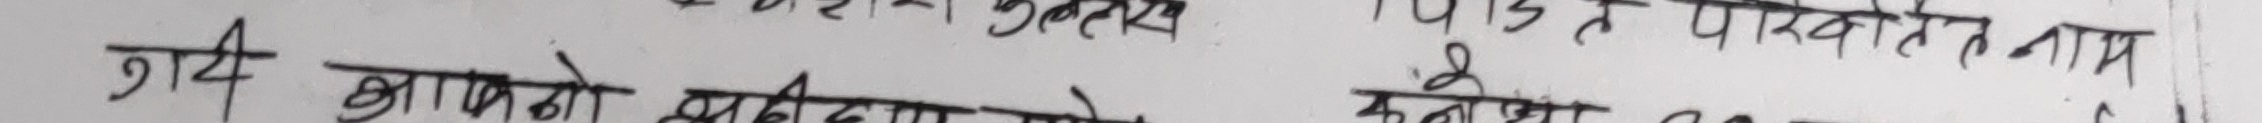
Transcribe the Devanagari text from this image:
गर्दै आफ्नो शब्दकोष
कनाइरहित नाम